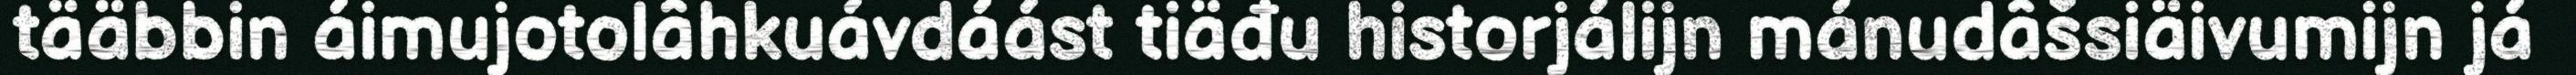
tääbbin áimujotolâhkuávdáást tiäđu historjálijn mánudâšsiäivumijn já